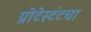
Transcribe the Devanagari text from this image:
प्रोटेस्टंटचा